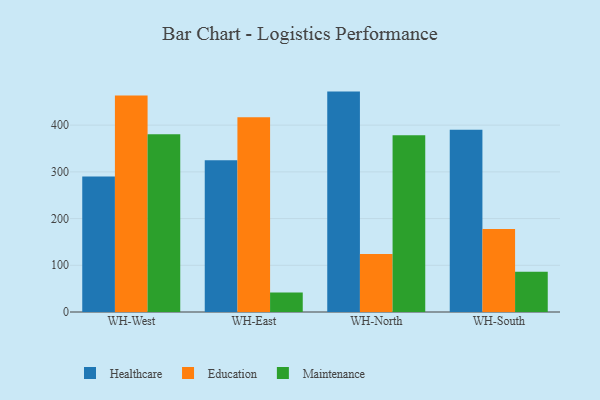
{"axis": {"x": "Warehouse", "y": "Active Users"}, "legend": ["Education", "Healthcare", "Maintenance"], "data": [{"x": "WH-West", "y": 290.2, "type": "Healthcare"}, {"x": "WH-West", "y": 463.5, "type": "Education"}, {"x": "WH-West", "y": 380.6, "type": "Maintenance"}, {"x": "WH-East", "y": 324.7, "type": "Healthcare"}, {"x": "WH-East", "y": 416.8, "type": "Education"}, {"x": "WH-East", "y": 42.0, "type": "Maintenance"}, {"x": "WH-North", "y": 471.8, "type": "Healthcare"}, {"x": "WH-North", "y": 123.9, "type": "Education"}, {"x": "WH-North", "y": 378.2, "type": "Maintenance"}, {"x": "WH-South", "y": 390.0, "type": "Healthcare"}, {"x": "WH-South", "y": 177.5, "type": "Education"}, {"x": "WH-South", "y": 86.0, "type": "Maintenance"}]}